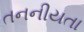
તનનીયતા